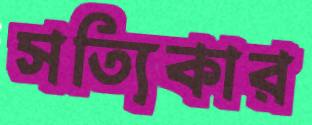
সত্যিকার